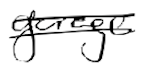
Text: garage
Cross-out: double-line
Writing tool: digital_black